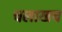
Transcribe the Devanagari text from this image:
चलाखच